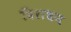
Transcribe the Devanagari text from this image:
विराधन